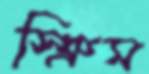
স্ক্রিম